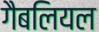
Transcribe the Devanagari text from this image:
गैबलियल